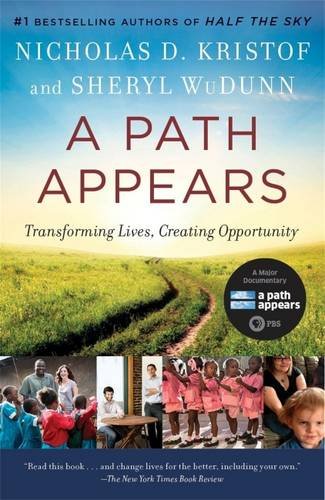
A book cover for A Path Appears: Transforming Lives, Creating Opportunity; Nicholas Kristof; Business & Money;